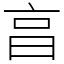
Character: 亯